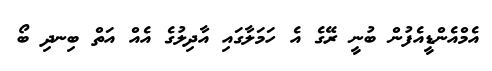
އެމްއެންޑީއެފުން ބުނީ ރޭގެ އެ ހަމަލާގައި އާދިލުގެ އެއް އަތް ބިނދި ބޯ